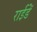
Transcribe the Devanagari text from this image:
राईडें